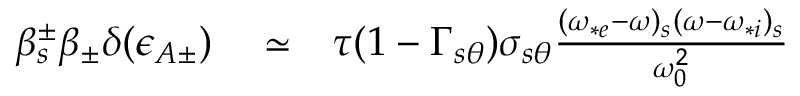
\begin{array} { r l r } { \beta _ { s } ^ { \pm } \beta _ { \pm } \delta ( \epsilon _ { A \pm } ) } & { { } \simeq } & { \tau ( 1 - \Gamma _ { s \theta } ) \sigma _ { s \theta } \frac { ( \omega _ { * e } - \omega ) _ { s } ( \omega - \omega _ { * i } ) _ { s } } { \omega _ { 0 } ^ { 2 } } } \end{array}